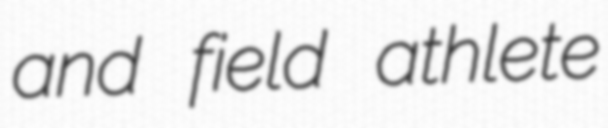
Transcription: and field athlete